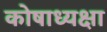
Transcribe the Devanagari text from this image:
कोषाध्यक्षा